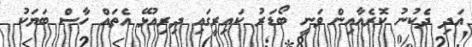
އަދި ދެކުނު ކޮރެއާއިން ވަނީ ބޯޑަރު ކައިރީގައި ދިރިއުޅޭ އެތައް ހާސް ބަޔަކު